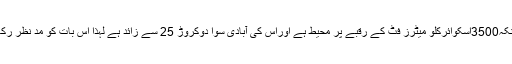
سراج قاسم تیلی نے تجویز دیتے ہوئے کہاکہ شہر کو صاف ستھرا بنا نا ایک بڑا ہدف ہے کیونکہ3500اسکوائرکلو میٹرز فٹ کے رقبے پر محیط ہے اوراس کی آبادی سوا دوکروڑ 25 سے زائد ہے لہٰذا اس بات کو مد نظر رکھتے ہوئے صفائی کے کام کونجی شعبے کو دے دیا جائے یا پھر باہر سے یہ کام کروایا ئے۔